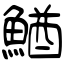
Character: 鰌